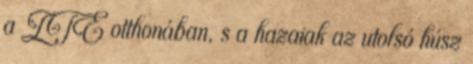
a ZTE otthonában, s a hazaiak az utolsó húsz